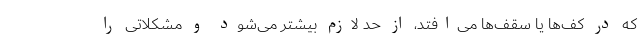
که در کف‌ها یا سقف‌ها می‌افتد، از حد لازم بیشتر می‌شود و مشکلاتی را